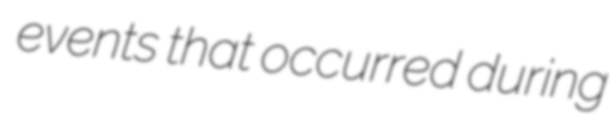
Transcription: events that occurred during